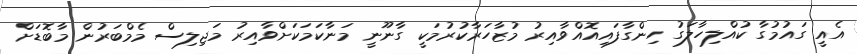
އެއީ ގައުމުގާ ކުއްލިހާލަގު ހިންގާފައިއޮއްވާއިރު މުޒާހަރާކުރުމަކީ ގާނޫނީ މަނާކަމަކަށްވާއިރުު މަޖިލިސް މެމްބަރުން މާބޮޑަށް